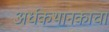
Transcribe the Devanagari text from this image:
अर्धकथानकाचा